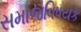
સમાજવિષયક